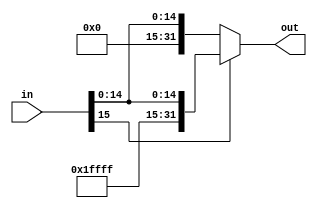
module sign_extend (
  input wire [15:0] in,
  output wire [31:0] out
);

  assign out = (in[15]) ? {{16{1'b1}}, in} : {{16{1'b0}}, in};

endmodule